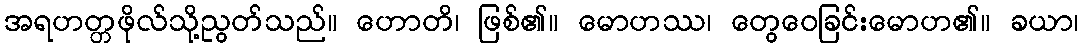
အရဟတ္တဖိုလ်သို့ညွတ်သည်။ ဟောတိ၊ ဖြစ်၏။ မောဟဿ၊ တွေဝေခြင်းမောဟ၏။ ခယာ၊